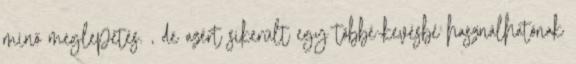
minő meglepetés. , de azért sikerült egy többé-kevésbé használhatónak